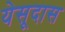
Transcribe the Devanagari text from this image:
येसूदास